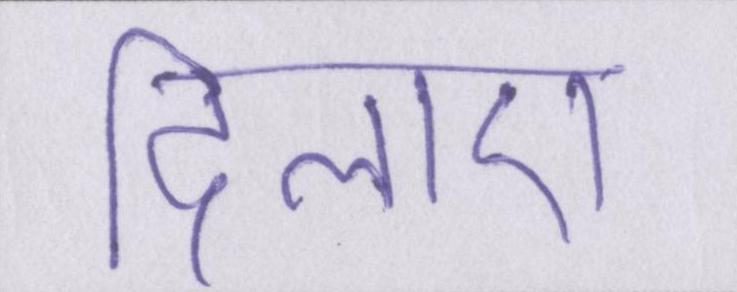
दिलाए